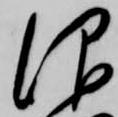
仰